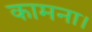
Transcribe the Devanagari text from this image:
कामना।